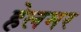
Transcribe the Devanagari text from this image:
हेलमर